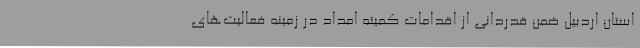
استان اردبیل ضمن قدردانی از اقدامات کمیته امداد در زمینه فعالیت‌های